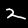
Label: 2